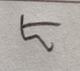
Signature authenticity: forged